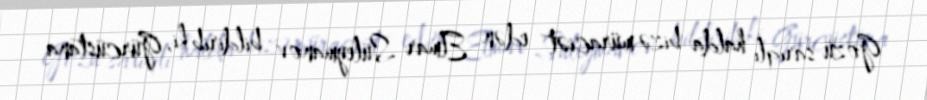
Gözü sarıqlı halda bizə müraciət edən Elmar Süleymanov bildirib ki, Gürcüstana